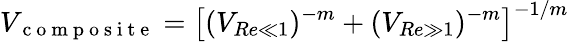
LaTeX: V_{\mathrm{~c~o~m~p~o~s~i~t~e~}}=\left[(V_{Re\ll 1})^{-m}+(V_{Re\gg 1})^{-m}\right]^{-1/m}